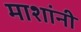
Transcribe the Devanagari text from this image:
माशांनी